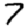
Digit: 7